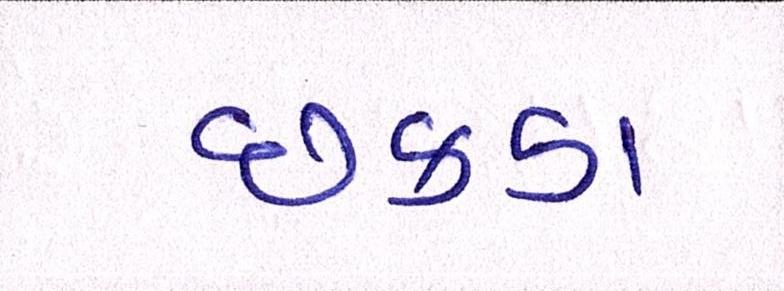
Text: છકડા